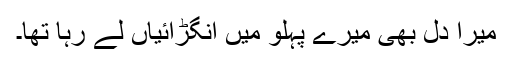
میرا دل بھی میرے پہلو میں انگڑائیاں لے رہا تھا۔